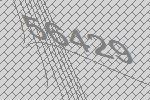
56429